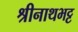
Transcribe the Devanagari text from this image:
श्रीनाथभट्ट